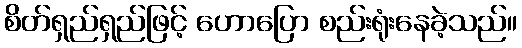
စိတ်ရှည်ရှည်ဖြင့် ဟောပြော စည်းရုံးနေခဲ့သည်။